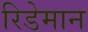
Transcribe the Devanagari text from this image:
रिडेमान